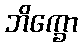
ဘိက္ခော